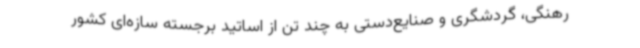
رهنگی، گردشگری و صنایع‌دستی به چند تن از اساتید برجسته سازه‌ای کشور